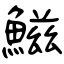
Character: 鰦